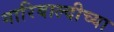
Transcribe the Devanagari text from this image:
गारिबाल्दीच्या